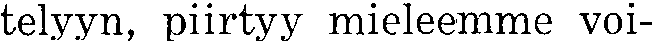
telyyn, piirtyy mieleemme voi-